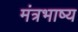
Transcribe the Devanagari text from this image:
मंत्रभाष्य